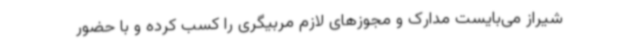
شیراز می‌بایست مدارک و مجوزهای لازم مربیگری را کسب کرده و با حضور